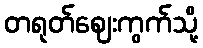
တရုတ်ဈေးကွက်သို့